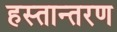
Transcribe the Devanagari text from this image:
हस्‍तान्‍तरण